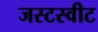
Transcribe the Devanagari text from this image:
जस्टस्वीट